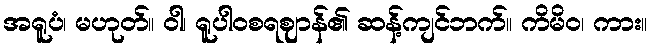
အရူပံ၊ မဟုတ်။ ဝါ၊ ရူပါဝစရဈာန်၏ ဆန့်ကျင်ဘက်။ ကိမိဝ၊ ကား။